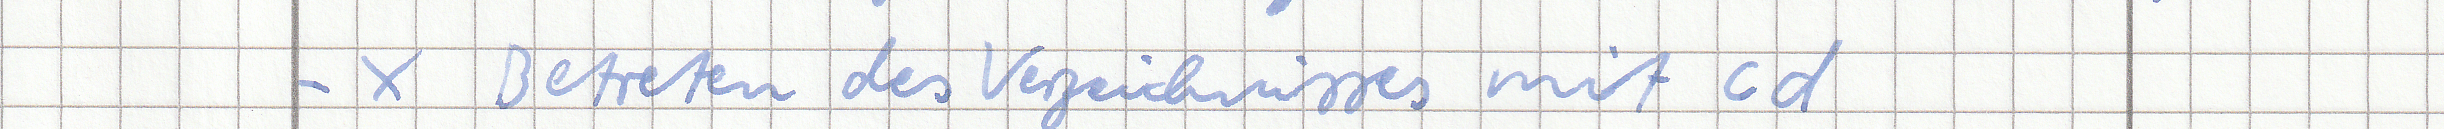
- x Betreten des Verzeichnisses mit cd